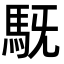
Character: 𮩷